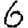
Digit: 6